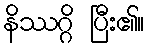
နိဿဂ္ဂိ ပြီး၏။